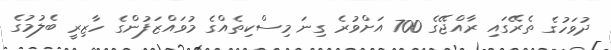
ދުވަހުގެ ތެރޭގައި ރާއްޖޭގެ 700 އަށްވުރެ ގިނަ މިސްކިތެއްގެ މުވައްޒަފުންގެ ހާޒިރީ ބެލުމުގެ